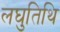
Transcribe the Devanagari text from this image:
लघुतिथि